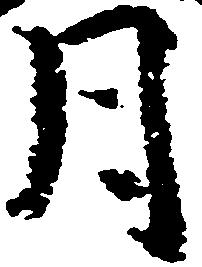
月